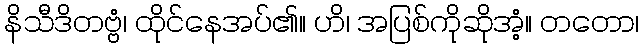
နိသီဒိတဗ္ဗံ၊ ထိုင်နေအပ်၏။ ဟိ၊ အပြစ်ကိုဆိုအံ့။ တတော၊